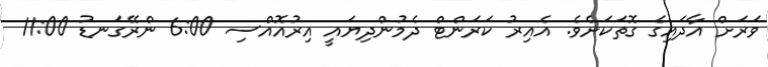
ވަރަށް އާދައިގެ ގޮތަކަށެވެ. އެއިރު ކަރަންޓް ދެމުންދިޔައީ އިރުއޮއްސި 6:00 ންރޭގަނޑު 11:00